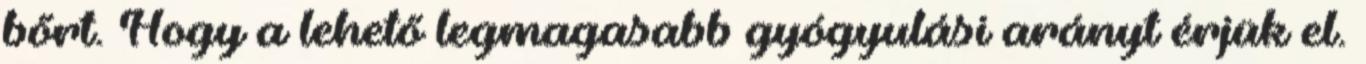
bőrt. Hogy a lehető legmagasabb gyógyulási arányt érjük el.